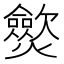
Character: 𤒡